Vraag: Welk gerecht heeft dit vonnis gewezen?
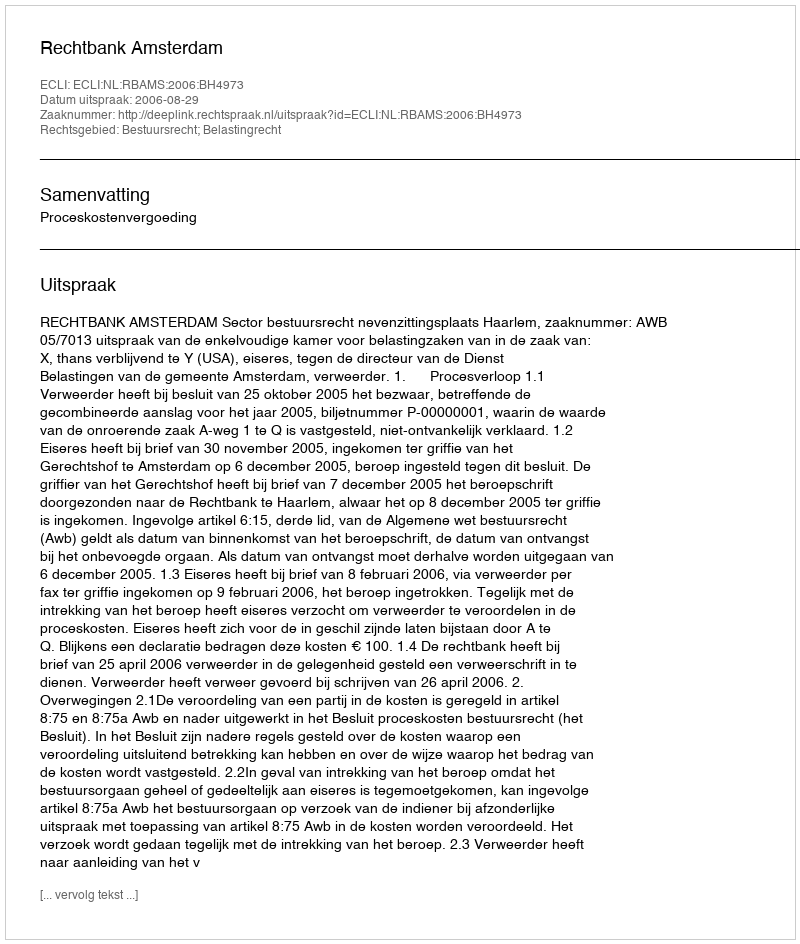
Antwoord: Rechtbank Amsterdam